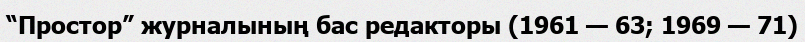
“Простор” журналының бас редакторы (1961 — 63; 1969 — 71)